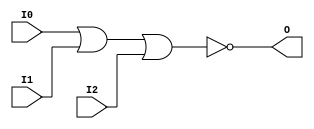
// $Header: /devl/xcs/repo/env/Databases/CAEInterfaces/verunilibs/s/NOR3.v,v 1.8 2003/01/21 01:55:30 wloo Exp $

/*

FUNCTION	: 3-INPUT NOR GATE

*/

`timescale  100 ps / 10 ps


module NOR3 (O, I0, I1, I2);

    output O;

    input  I0, I1, I2;

    nor O1 (O, I0, I1, I2);

    specify
	(I0 *> O) = (0, 0);
	(I1 *> O) = (0, 0);
	(I2 *> O) = (0, 0);
    endspecify

endmodule